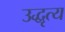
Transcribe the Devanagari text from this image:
उद्धृत्य